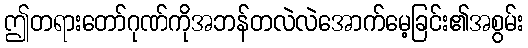
ဤတရားတော်ဂုဏ်ကိုအဘန်တလဲလဲအောက်မေ့ခြင်း၏အစွမ်း